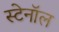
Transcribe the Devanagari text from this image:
स्टेनॉल